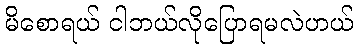
မိစောရယ် ငါဘယ်လိုပြောရမလဲဟယ်